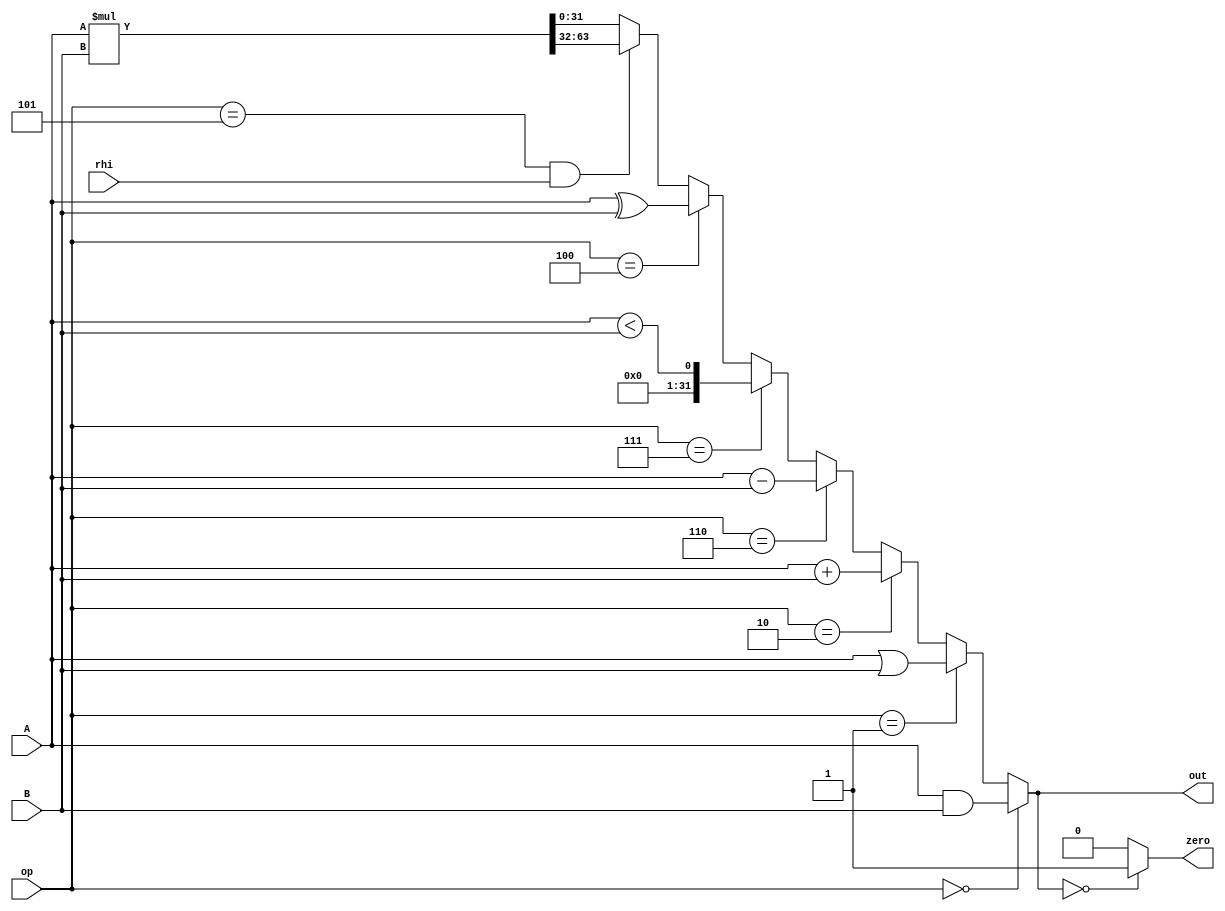
module ALU(input[2:0] op,input[31:0] A,B ,input rhi ,output [31:0] out,output zero);
  wire[31:0] hi,lo;
  assign zero = (out==0)?1:0;
  assign out = (op==0)?A&B:
                (op==1)?A|B:
                (op==2)?A+B:
                (op==6)?A-B:
                (op==7)?A<B:
                (op==4)?A^B:
                (op==5 & rhi)?hi:lo;
  assign {hi,lo} = A*B;
endmodule